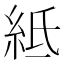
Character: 𥿄